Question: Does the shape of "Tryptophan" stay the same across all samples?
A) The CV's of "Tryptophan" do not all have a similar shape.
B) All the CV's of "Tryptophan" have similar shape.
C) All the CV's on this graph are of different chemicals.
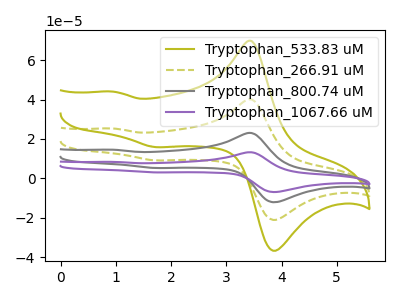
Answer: <think>The olive curve "Tryptophan_533.83 uM" has anodic peaks at (3.45V, 69.75uA) (0.95V, 44.00uA) and cathodic peaks at (3.95V, -36.10uA) (1.75V, 15.80uA). The olive dashed curve "Tryptophan_266.91 uM" has anodic peaks at (3.45V, 40.10uA) (0.95V, 25.30uA) and cathodic peaks at (3.95V, -20.75uA) (1.75V, 9.10uA). The gray curve "Tryptophan_800.74 uM" has anodic peaks at (3.45V, 80.15uA) (0.95V, 50.55uA) and cathodic peaks at (3.95V, -41.50uA) (1.75V, 18.20uA). The purple curve "Tryptophan_1067.66 uM" has anodic peaks at (3.45V, 120.25uA) (0.95V, 75.85uA) and cathodic peaks at (3.95V, -62.25uA) (1.75V, 27.25uA).
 All the peaks in "Tryptophan_533.83 uM" have a peak in "Tryptophan_266.91 uM" at the same potential. All the peaks in "Tryptophan_533.83 uM" have a peak in "Tryptophan_800.74 uM" at the same potential. All the peaks in "Tryptophan_533.83 uM" have a peak in "Tryptophan_1067.66 uM" at the same potential. All the peaks in "Tryptophan_266.91 uM" have a peak in "Tryptophan_800.74 uM" at the same potential. All the peaks in "Tryptophan_266.91 uM" have a peak in "Tryptophan_1067.66 uM" at the same potential. All the peaks in "Tryptophan_800.74 uM" have a peak in "Tryptophan_1067.66 uM" at the same potential.</think>
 <answer>B) All the CV's of "Tryptophan" have similar shape.</answer>
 <eval>B</eval>